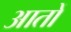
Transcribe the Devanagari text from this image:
आतों